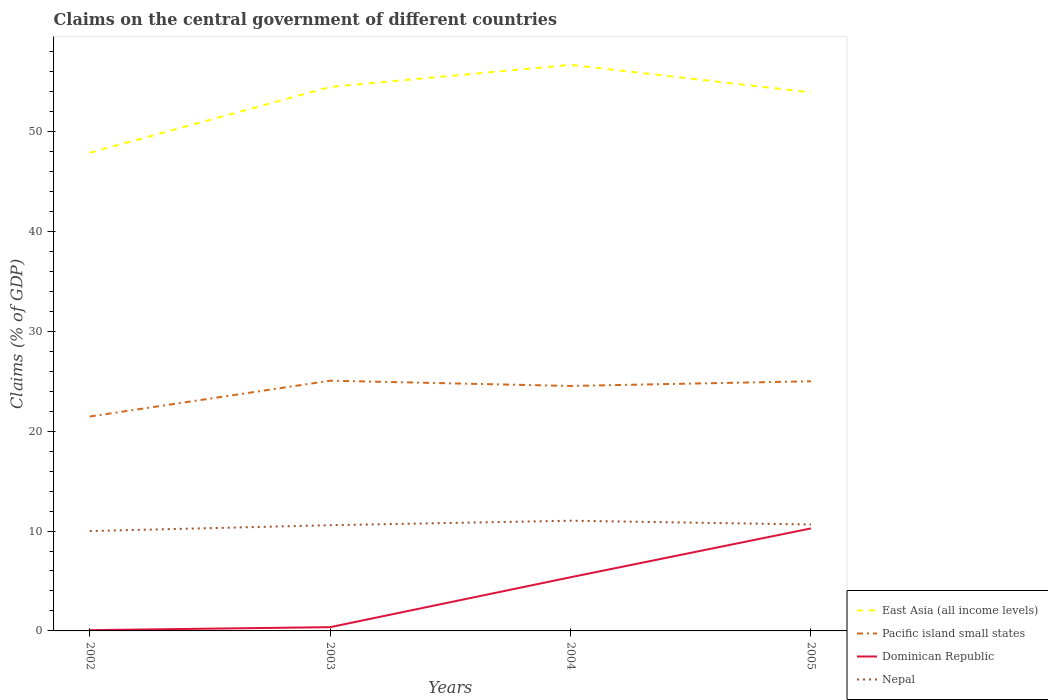
| Years | East Asia (all income levels) | Pacific island small states | Dominican Republic | Nepal |
 | --- | --- | --- | --- | --- |
 | 2002 | 47.9 | 21.5 | 0.076 | 10 |
 | 2003 | 54.5 | 25 | 0.376 | 10.6 |
 | 2004 | 56.7 | 24.5 | 5.37 | 11 |
 | 2005 | 53.9 | 25 | 10.3 | 10.7 |